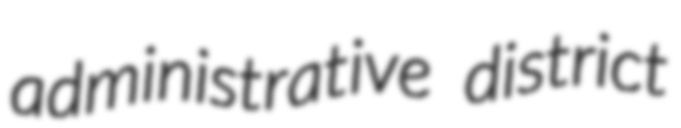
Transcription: administrative district